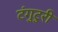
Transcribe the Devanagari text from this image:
टंगुटुरी